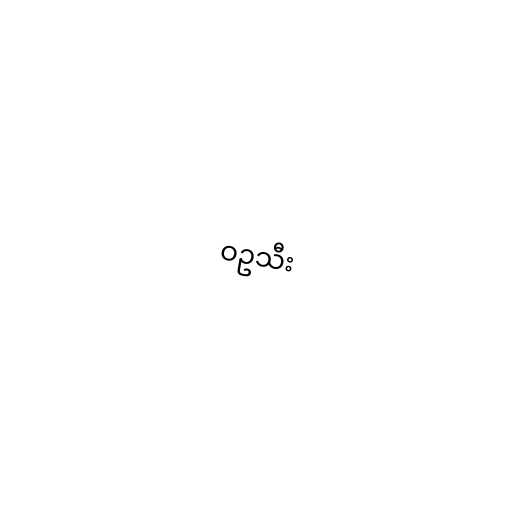
ဝဥသီး